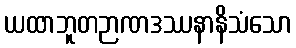
ယထာဘူတဉာဏဒဿနာနိသံသော